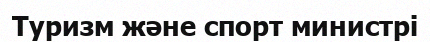
Туризм және спорт министрі